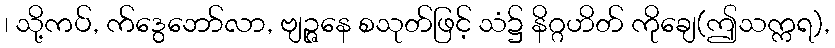
၊ သို့ကပ်, က်ဒွေဘော်လာ, ဗျဉ္ဇနေ စသုတ်ဖြင့် သံ၌ နိဂ္ဂဟိတ် ကိုချေ(ဤသက္ကရ),